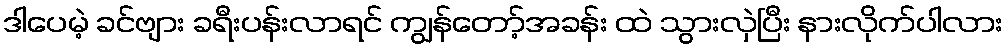
ဒါပေမဲ့ ခင်ဗျား ခရီးပန်းလာရင် ကျွန်တော့်အခန်း ထဲ သွားလှဲပြီး နားလိုက်ပါလား